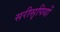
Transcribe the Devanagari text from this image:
सरीसृपियों